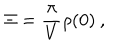
LaTeX: \Xi = \frac { \pi } { V } \rho ( 0 ) \: ,